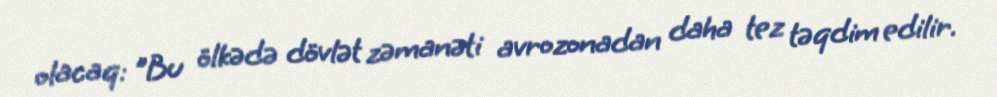
olacaq: "Bu ölkədə dövlət zəmanəti avrozonadan daha tez təqdim edilir.